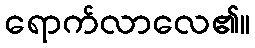
ရောက်လာလေ၏။